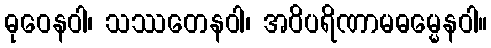
ဓုဝေနဝါ၊ သဿတေနဝါ၊ အဝိပရိဏာမဓမ္မေနဝါ။